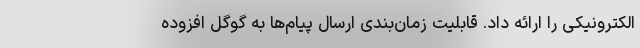
الکترونیکی را ارائه داد. قابلیت زمان‌بندی ارسال پیام‌ها به گوگل افزوده